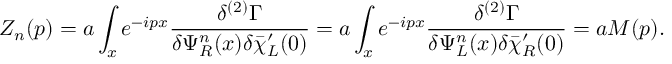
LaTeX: Z _ { n } ( p ) = a \int _ { x } e ^ { - i p x } { \frac { \delta ^ { ( 2 ) } \Gamma } { \delta \Psi _ { R } ^ { n } ( x ) \delta \bar { \chi } _ { L } ^ { \prime } ( 0 ) } } = a \int _ { x } e ^ { - i p x } { \frac { \delta ^ { ( 2 ) } \Gamma } { \delta \Psi _ { L } ^ { n } ( x ) \delta \bar { \chi } _ { R } ^ { \prime } ( 0 ) } } = a M ( p ) .